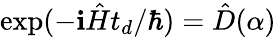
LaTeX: \exp(-\mathbf{i}\hat{{H}}t_{d}/\hbar)=\hat{{D}}(\alpha)